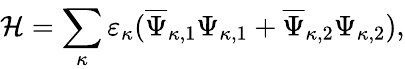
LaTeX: {\cal H}=\sum_{\kappa}^{}\varepsilon_{\kappa}(\overline{{{\Psi}}}_{\kappa,1}{\Psi}_{\kappa,1}+\overline{{{\Psi}}}_{\kappa,2}{\Psi}_{\kappa,2}),